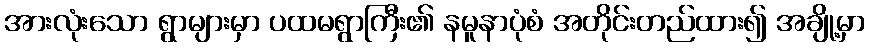
အားလုံးသော ရွာများမှာ ပထမရွာကြီး၏ နမူနာပုံစံ အတိုင်းတည်ထား၍ အချို့မှာ